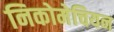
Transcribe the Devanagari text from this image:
निकोमेचियन